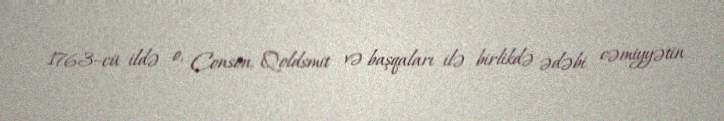
1763–cü ildə o, Conson, Qoldsmit və başqaları ilə birlikdə ədəbi cəmiyyətin